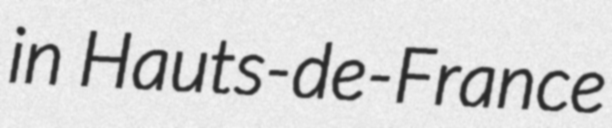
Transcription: in Hauts-de-France